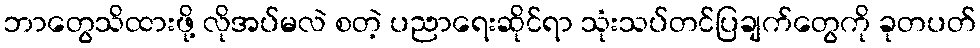
ဘာတွေသိထားဖို့ လိုအပ်မလဲ စတဲ့ ပညာရေးဆိုင်ရာ သုံးသပ်တင်ပြချက်တွေကို ခုတပတ်